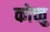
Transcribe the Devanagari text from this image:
कोच्चु